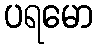
ပရမော